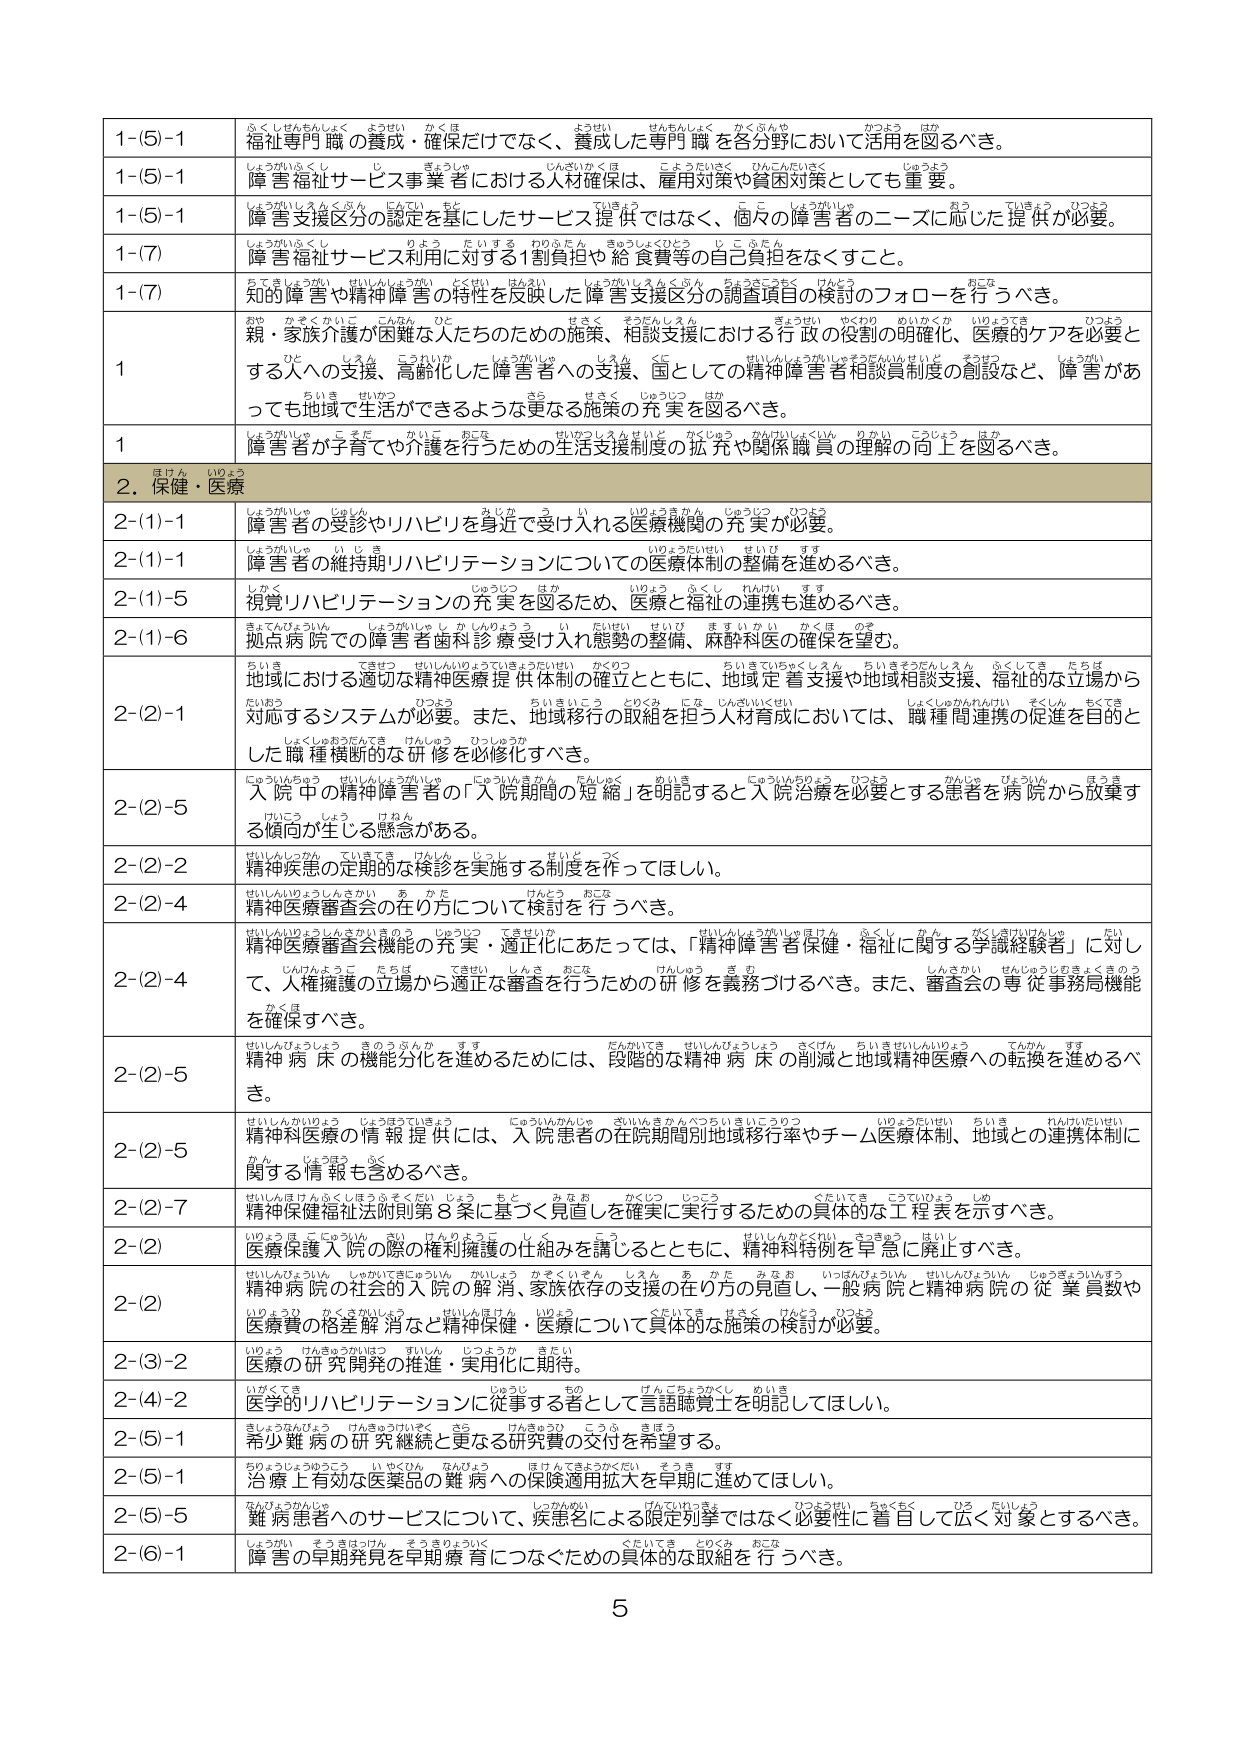
1-(5)-1 福祉専門職の養成・確保だけでなく、養成した専門職を各分野において活用を図るべき。
1-(5)-1 障害福祉サービス事業者における人材確保は、雇用対策や資金対策としても重要。
1-(5)-1 障害支援区分の認定を基にしたサービス提供ではなく、個々の障害者のニーズに応じた提供が必要。
1-(7) 障害福祉サービス利用に対する1割負担や給食費等の自己負担をなくすこと。
1-(7) 知的障害や精神障害の特性を反映した障害支援区分の調査項目の検討のフォローを行うべき。
1 親・家族介護が困難な人たちのための施策、相談支援における行政の役割の明確化、医療的ケアを必要とする人への支援、高齢化した障害者への支援、国としての精神障害者相談員制度の創設など、障害があっても地域で生活ができるような更なる施策の充実を図るべき。
1 障害者が子育てや介護を行うための生活支援制度の拡充や関係職員の理解の向上を図るべき。
2. 保健・医療
2-(1)-1 障害者の受診やリハビリを身近で受け入れる医療機関の充実が必要。
2-(1)-1 障害者の維持期リハビリテーションについての医療体制の整備を進めるべき。
2-(1)-5 視覚リハビリテーションの充実を図るため、医療と福祉の連携も進めるべき。
2-(1)-6 拠点病院での障害者歯科診療受け入れ態勢の整備、麻酔科医の確保を望む。
2-(2)-1 地域における適切な精神医療提供体制の確立とともに、地域定着支援や地域相談支援、福祉的な立場から対応するシステムが必要。また、地域移行の取組を担う人材育成においては、職種間連携の促進を目的とした職種横断的な研修を必修化すべき。
2-(2)-5 入院中の精神障害者の「入院期間の短縮」を明記すると入院治療を必要とする患者を病院から放棄する傾向が生じる懸念がある。
2-(2)-2 精神疾患の定期的な検診を実施するべきではない。
2-(2)-4 精神医療審査会の在り方について検討を行うべき。
2-(2)-4 精神医療審査会機能の充実・適正化にあたっては、「精神障害者保健・福祉に関する学識経験者」に対して、人権擁護の立場から適正な審査を行うための研修を義務づけるべき。また、審査会の専従事務局機能を確保すべき。
2-(2)-5 精神病床の機能分化を進めるためには、段階的な精神病床の削減と地域精神医療への転換を進めるべき。
2-(2)-5 精神科医療の情報提供には、入院患者の在院期間別地域移行率やチーム医療体制、地域との連携体制に関する情報も含めるべき。
2-(2)-7 精神保健福祉法附則第8条に基づく見直しを確実に実行するための具体的な工程表を示すべき。
2-(2) 医療保護入院の際の権利擁護の仕組みを講じるとともに、精神科特例は早急に廃止すべき。
2-(2) 精神病院の社会的入院の解消、家族依存の支援の在り方の見直し、一般病院と精神病院の従業員数や医療費の格差解消など精神保健・医療について具体的な施策の検討が必要。
2-(3)-2 医療的研究開発の推進・実用化に期待。
2-(4)-2 医学的リハビリテーションに従事する者として言語聴覚士を明記してほしい。
2-(5)-1 少児難病の研究継続と更なる研究費の交付を希望する。
2-(5)-1 治療上有効な医薬品の難病への保険適用拡大を早期に進めてほしい。
2-(5)-5 難病患者へのサービスについて、疾患名による限定列挙ではなく必要性に着目して広く対象とするべき。
2-(6)-1 障害の早期発見を早期療育につなぐための具体的な取組を行うべき。
5